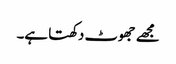
مجھے جھوٹ دکھتا ہے۔